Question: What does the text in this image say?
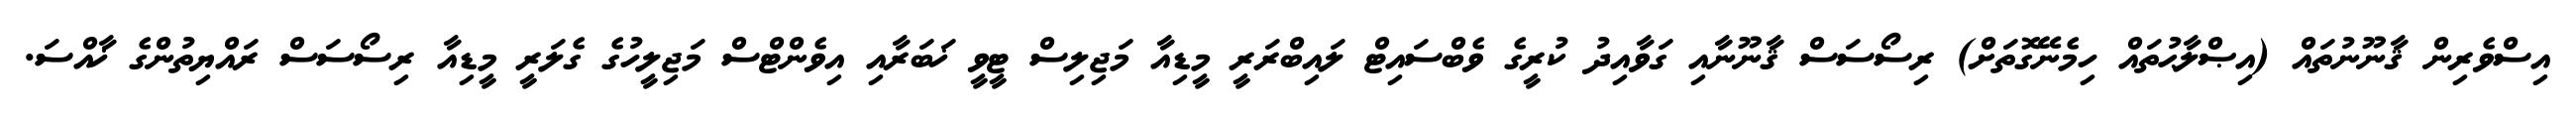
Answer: އިސްވެރިން ޤާނޫނުތައް (އިޞްލާޙުތައް ހިމެނޭގޮތަށް) ރިސޯސަސް ޤާނޫނާއި ގަވާއިދު ކުރީގެ ވެބްސައިޓް ލައިބްރަރީ މީޑިއާ މަޖިލިސް ޓީވީ ޚަބަރާއި އިވެންޓްސް މަޖިލީހުގެ ގެލަރީ މީޑިއާ ރިސޯސަސް ރައްޔިތުންގެ ޚާއްސަ.